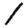
Digit: 1